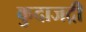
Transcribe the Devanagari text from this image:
कुदाजद्री